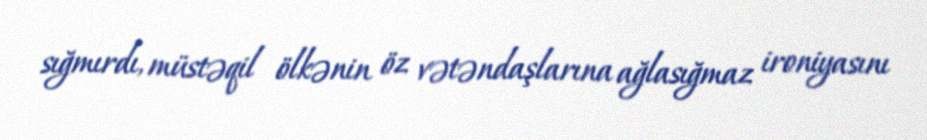
sığmırdı, müstəqil ölkənin öz vətəndaşlarına ağlasığmaz ironiyasını